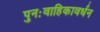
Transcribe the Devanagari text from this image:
पुनःवाहिकावर्धन